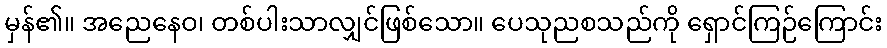
မှန်၏။ အညေနေဝ၊ တစ်ပါးသာလျှင်ဖြစ်သော။ ပေသုညစသည်ကို ရှောင်ကြဉ်ကြောင်း